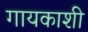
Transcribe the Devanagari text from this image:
गायकाशी